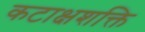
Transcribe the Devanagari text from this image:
कटाक्षशक्ति